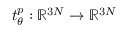
t _ { \theta } ^ { p } : \mathbb { R } ^ { 3 N } \to \mathbb { R } ^ { 3 N }